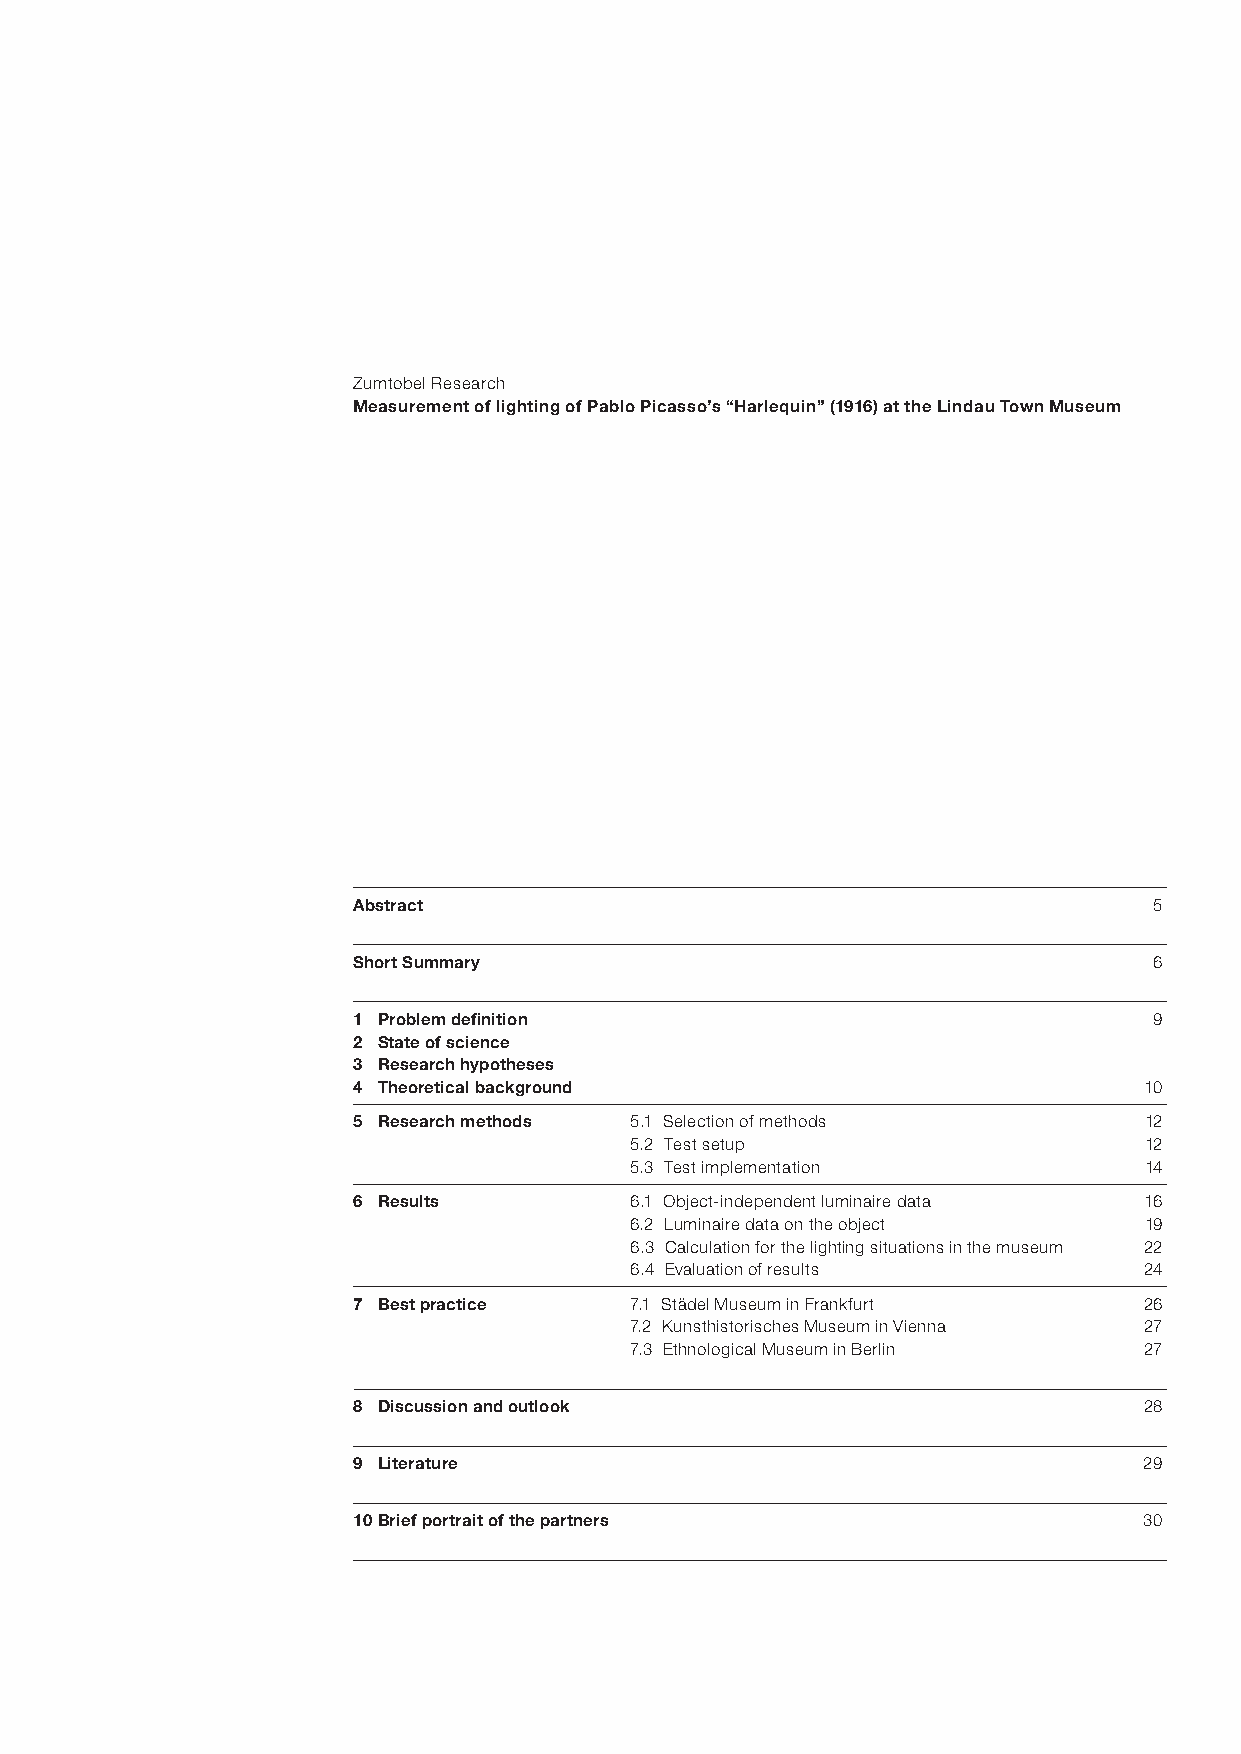
Zumtobel Research
 Measurement of lighting of Pablo Picasso’s “Harlequin” (1916) at the Lindau Town Museum
 Abstract                                             5
 Short Summary                                        6
 1 Problem definition                                 9
 2 State of science
 3 Research hypotheses
 4 Theoretical background                             10
 5 Research methods 5.1 Selection of methods          12
 5.2 Test setup                    12
 5.3 Test implementation           14
 6 Results          6.1 Object-independent luminaire data 16
 6.2 Luminaire data on the object  19
 6.3 Calculation for the lighting situations in the museum 22
 6.4 Evaluation of results         24
 7 Best practice    7.1 Städel Museum in Frankfurt    26
 7.2 Kunsthistorisches Museum in Vienna 27
 7.3 Ethnological Museum in Berlin 27
 8 Discussion and outlook                             28
 9 Literature                                         29
 10 Brief portrait of the partners                    30